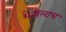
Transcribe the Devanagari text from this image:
शेतीलाच